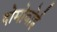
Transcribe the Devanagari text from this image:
दोमोवोई